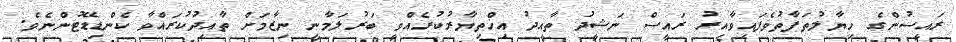
ރައީސުންގެ ހިޔާލުތަފާތުވެފައިވާއިރު ރައީސް ނަޝީދު ތާއީދު އިޚްތިޔާރުކުރެއްވީ ބަރުލަމާނީ ނިޒާމަށް ތާއިދުކުރައްވާ ކެންޑިޑޭޓުންނެވެ.